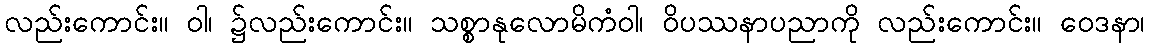
လည်းကောင်း။ ဝါ၊ ၌လည်းကောင်း။ သစ္စာနုလောမိကံဝါ၊ ဝိပဿနာပညာကို လည်းကောင်း။ ဝေဒနာ၊